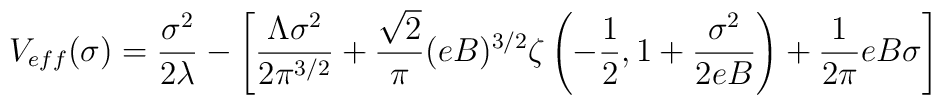
V_{eff}(\sigma)={\sigma^2\over 2\lambda}-\left[ \frac{\Lambda \sigma^2}{2\pi^{3/2}}+\frac{\sqrt{2}}{\pi} (eB)^{3/2} \zeta \left( -\frac{1}{2}, 1+ \frac{\sigma^2}{2eB} \right)+\frac{1}{2\pi}eB \sigma \right]